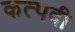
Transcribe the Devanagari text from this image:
कत्पदी